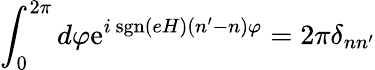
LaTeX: \int_{0}^{2\pi}d\varphi\mathrm{e}^{i~\mathrm{sgn}(eH)(n^{\prime}-n)\varphi}=2\pi\delta_{nn^{\prime}}